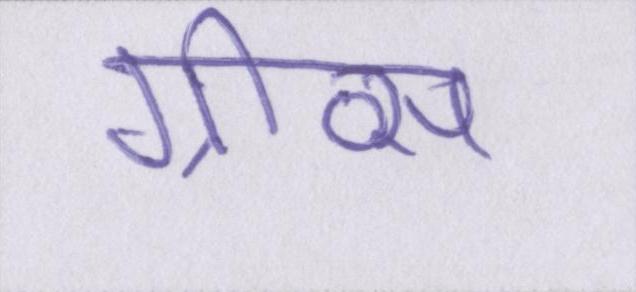
ग्रीव्स